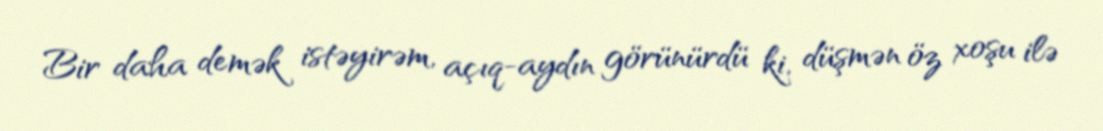
Bir daha demək istəyirəm, açıq-aydın görünürdü ki, düşmən öz xoşu ilə